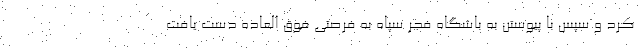
کرد و سپس با پیوستن به باشگاه فجر سپاه به فرصتی فوق العاده دست یافت